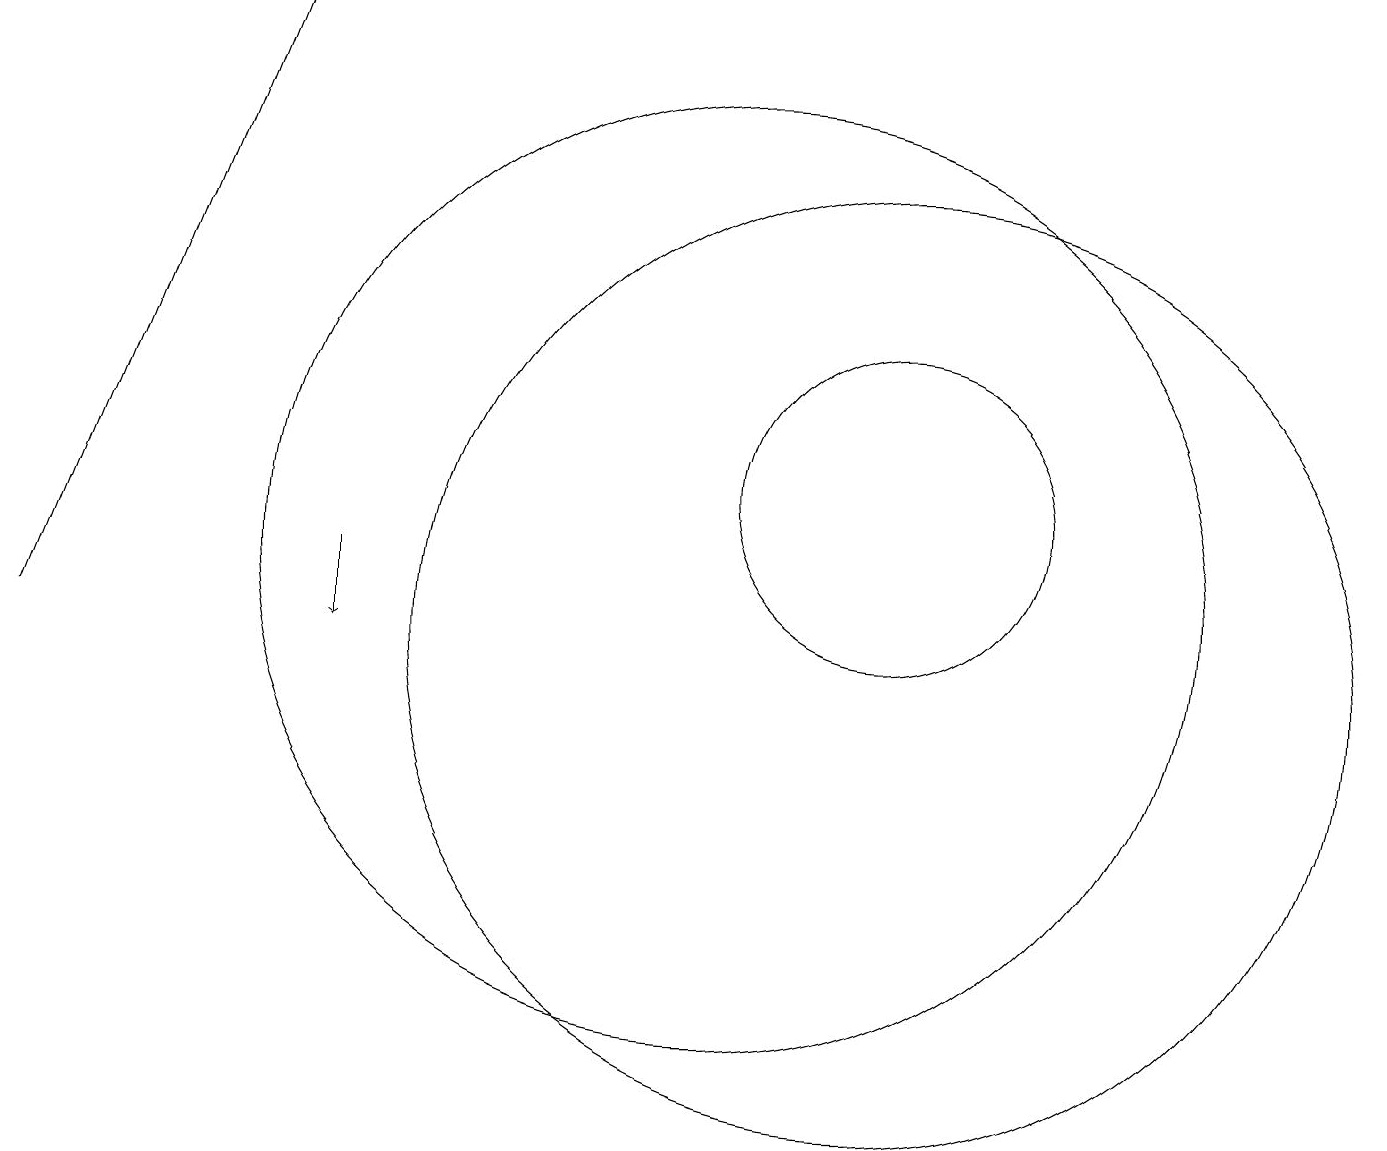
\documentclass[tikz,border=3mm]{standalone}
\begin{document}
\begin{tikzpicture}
\draw (12,12) circle (2);
\draw[->] (1,10) -- (4,18);
\draw (10,11) circle (6);
\draw[->] (5,11) -- (5,10);
\draw (12,10) circle (6);
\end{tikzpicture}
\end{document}